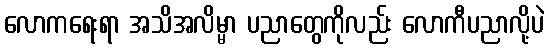
လောကရေးရာ အသိအလိမ္မာ ပညာတွေကိုလည်း လောကီပညာလို့ပဲ